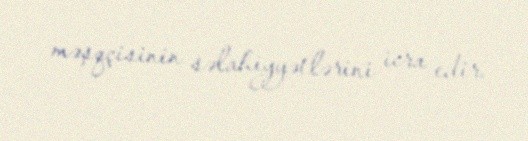
məşqçisinin səlahiyyətlərini icra edir.